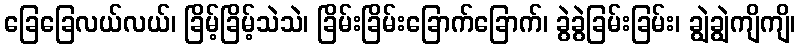
ခြေခြေလယ်လယ်၊ ခြိမ့်ခြိမ့်သဲသဲ၊ ခြိမ်းခြိမ်းခြောက်ခြောက်၊ ခွဲခွဲခြမ်းခြမ်း၊ ချွဲချွဲကျိကျိ၊